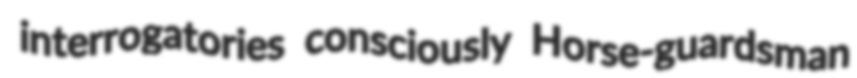
interrogatories consciously Horse-guardsman